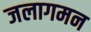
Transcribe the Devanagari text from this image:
जलागमन